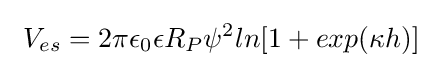
\ V_{es}=2\pi \epsilon _{0}\epsilon R_{P}\psi ^{2}ln[1+exp(\kappa h)]